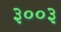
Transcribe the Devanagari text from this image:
३००३